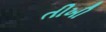
તીખી